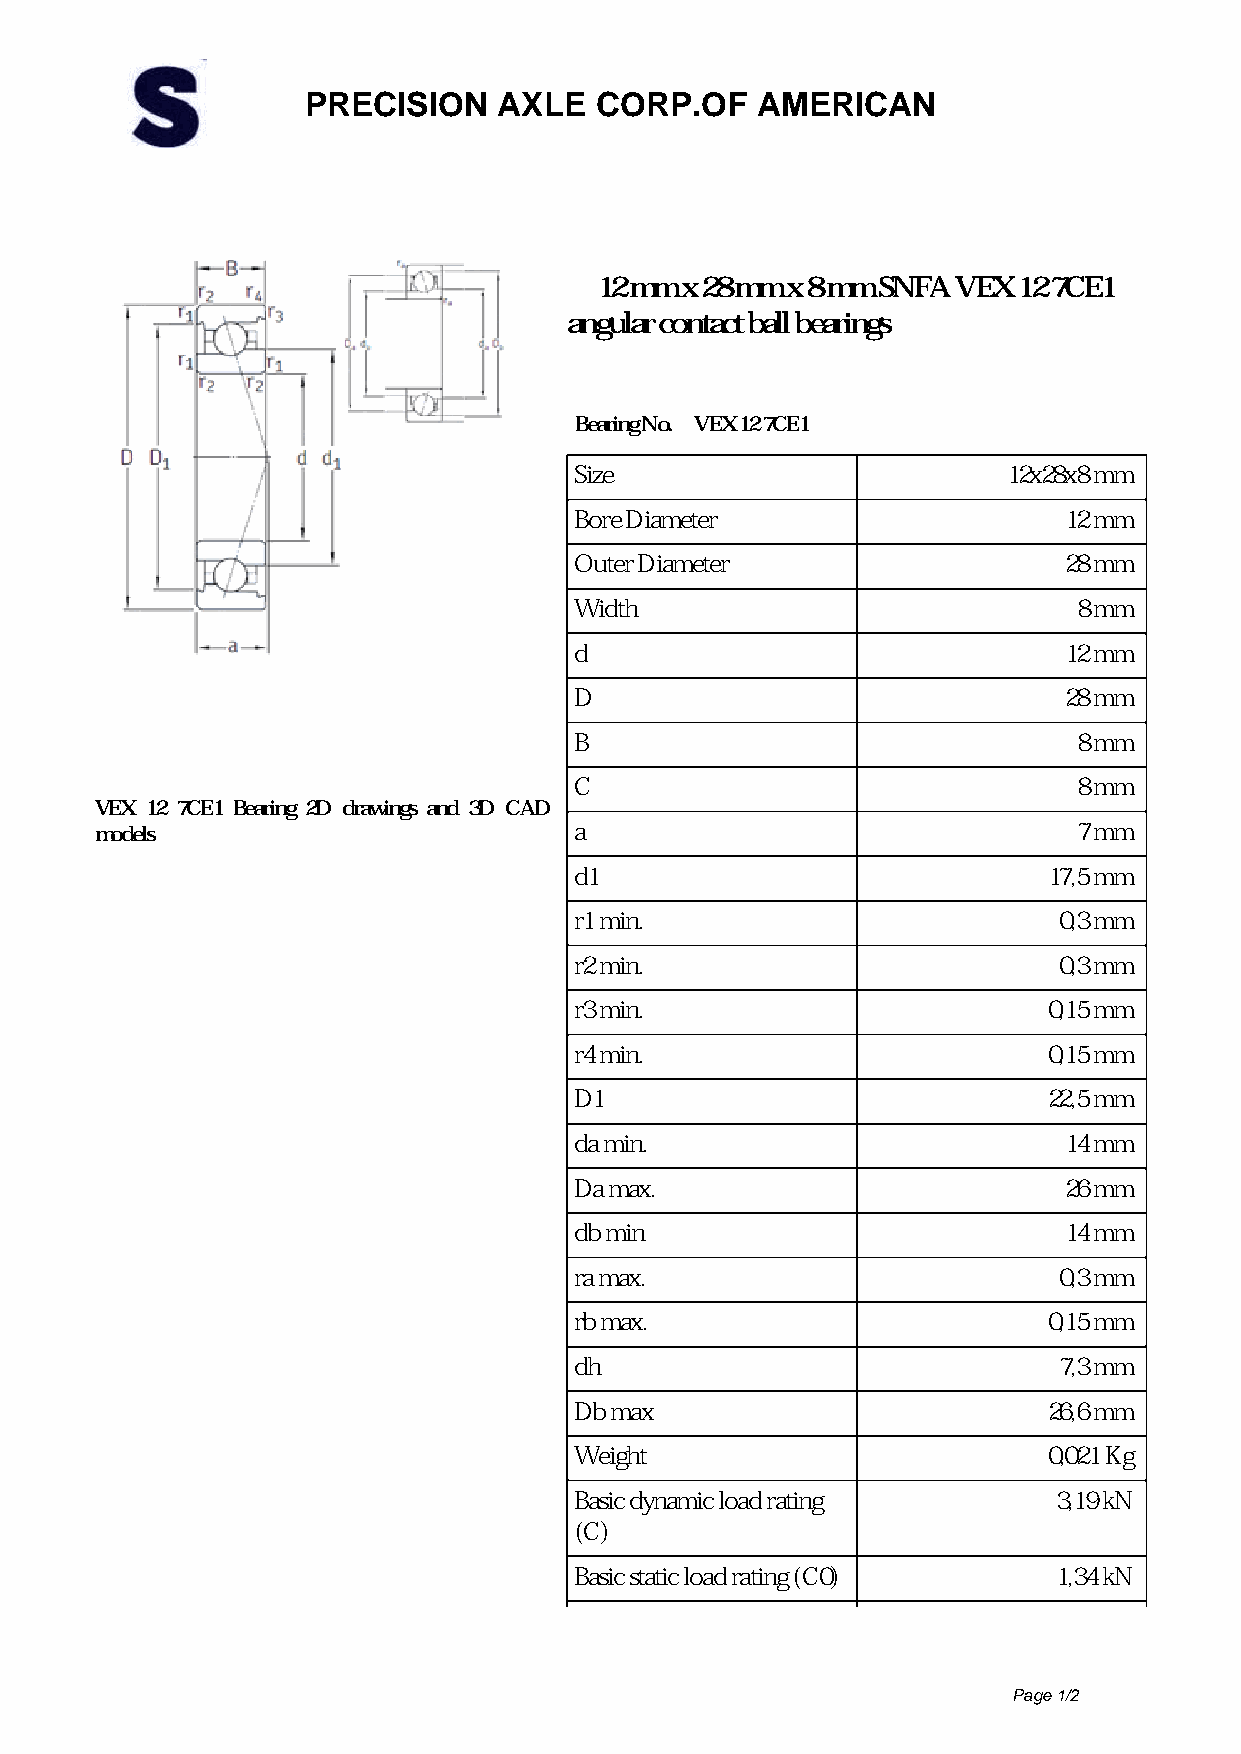
PRECISION    AXLE  CORP.OF    AMERICAN
 12 mm x 28 mm x 8 mm SNFA VEX 12 7CE1
 angular contact ball bearings
 Bearing No. VEX 12 7CE1
 Size                         12x28x8 mm
 Bore Diameter                   12 mm
 Outer Diameter                  28 mm
 Width                            8 mm
 d                               12 mm
 D                               28 mm
 B                                8 mm
 C                                8 mm
 VEX 12 7CE1 Bearing 2D drawings and 3D CAD
 models                          a                                7 mm
 d1                             17,5 mm
 r1 min.                         0,3 mm
 r2 min.                         0,3 mm
 r3 min.                        0,15 mm
 r4 min.                        0,15 mm
 D1                             22,5 mm
 da min.                         14 mm
 Da max.                         26 mm
 db min                          14 mm
 ra max.                         0,3 mm
 rb max.                        0,15 mm
 dh                              7,3 mm
 Db max                         26,6 mm
 Weight                         0,021 Kg
 Basic dynamic load rating       3,19 kN
 (C)
 Basic static load rating (C0)   1,34 kN
 Page 1/2